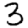
Digit: 3